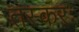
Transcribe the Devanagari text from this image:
तस्करः